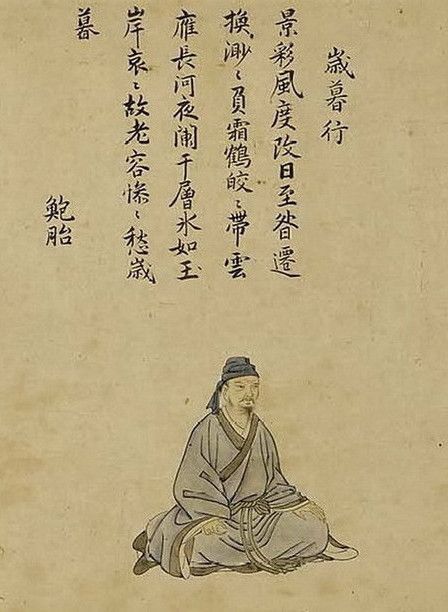
自古圣贤尽贫贱，何况我辈孤且直！